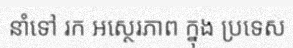
នាំទៅ រក អស្ថេរភាព ក្នុង ប្រទេស